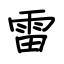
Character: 雷